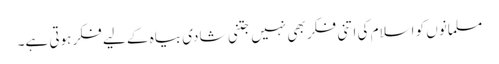
مسلمانوں کو اسلام کی اتنی فکر بھی نہیں جتنی شادی بیاہ کے لیے فکر ہوتی ہے۔